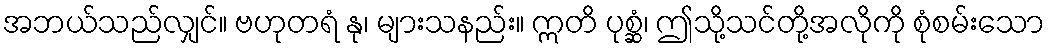
အဘယ်သည်လျှင်။ ဗဟုတရံ နု၊ များသနည်း။ ဣတိ ပုစ္ဆံ၊ ဤသို့သင်တို့အလိုကို စုံစမ်းသော